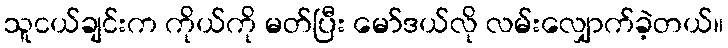
သူငယ်ချင်းက ကိုယ်ကို မတ်ပြီး မော်ဒယ်လို လမ်းလျှောက်ခဲ့တယ်။